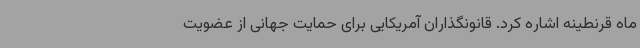
ماه قرنطینه اشاره کرد. قانونگذاران آمریکایی برای حمایت جهانی از عضویت